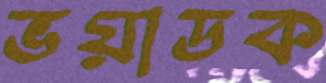
ভয়াডক